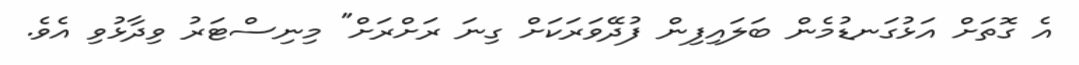
އެ ގޮތަށް އަޅުގަނޑުމެން ބަލައިފިން ފުދޭވަރަކަށް ގިނަ ރަށްރަށް" މިނިސްޓަރު ވިދާޅުވި އެވެ.